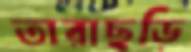
তারাছড়ি